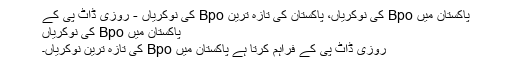
پاکستان میں Bpo کی نوکریاں، پاکستان کی تازہ ترین Bpo کی نوکریاں - روزی ڈاٹ پی کے
پاکستان میں Bpo کی نوکریاں
روزی ڈاٹ پی کے فراہم کرتا ہے پاکستان میں Bpo کی تازہ ترین نوکریاں۔